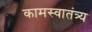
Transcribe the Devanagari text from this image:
कामस्वातंत्र्य